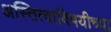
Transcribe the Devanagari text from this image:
अस्तित्वाविषयीच्या